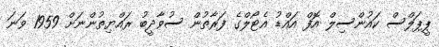
ޕީޕަލްސް ކައުންސިލް އޮފް އައްޑު އެޓޯލްގެ ފަރާތުން ސުވާދީބު ރައްޔިތުންނަށް 1959 ވަނަ